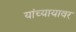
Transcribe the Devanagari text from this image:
यांच्यायावर